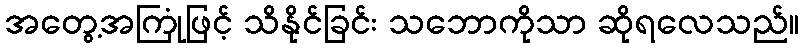
အတွေ့အကြုံဖြင့် သိနိုင်ခြင်း သဘောကိုသာ ဆိုရလေသည်။